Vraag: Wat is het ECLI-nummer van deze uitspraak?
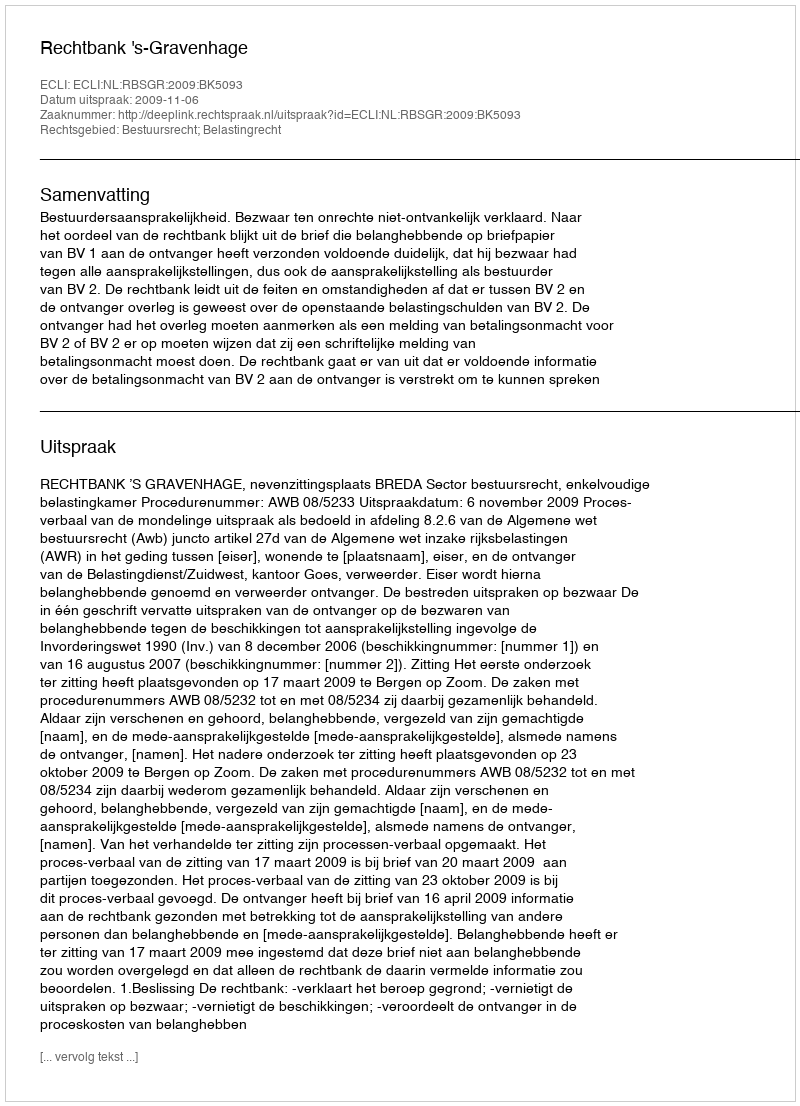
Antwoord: ECLI:NL:RBSGR:2009:BK5093